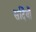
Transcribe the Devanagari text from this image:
सर्दियोँ